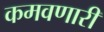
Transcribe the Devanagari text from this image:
कमवणारी